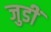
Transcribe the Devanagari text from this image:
जुडीं